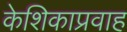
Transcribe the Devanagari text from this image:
केशिकाप्रवाह